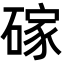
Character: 𪿭